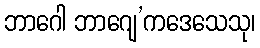
ဘာဂေါ ဘာဂျေ’ကဒေသေသု၊